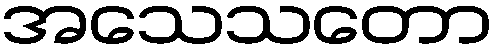
အသေသတော